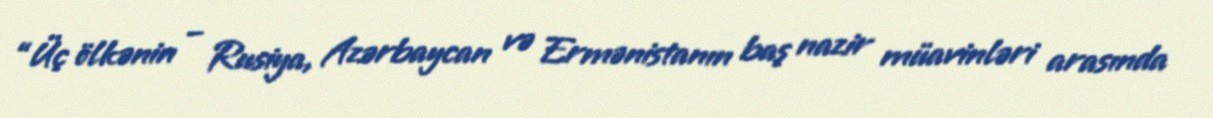
“Üç ölkənin – Rusiya, Azərbaycan və Ermənistanın baş nazir müavinləri arasında